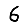
Digit: 6